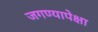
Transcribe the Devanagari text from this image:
जगण्यापेक्षा